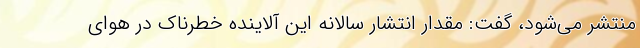
منتشر می‌شود، گفت: مقدار انتشار سالانه این آلاینده خطرناک در هوای